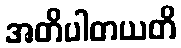
အတိပါတယတိ